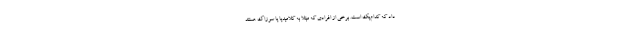
داد که کدام‌یک است. برخی از افرادی که مبتلا به کلامیدیا یا سوزاک هستند